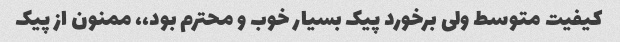
کیفیت متوسط ولی برخورد پیک بسیار خوب و محترم بود،، ممنون از پیک